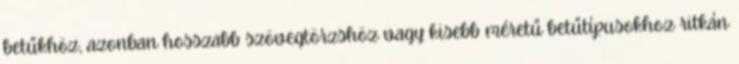
betűkhöz, azonban hosszabb szövegtörzshöz vagy kisebb méretű betűtípusokhoz ritkán